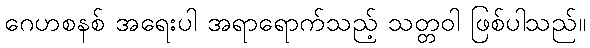
ဂေဟစနစ် အရေးပါ အရာရောက်သည့် သတ္တဝါ ဖြစ်ပါသည်။